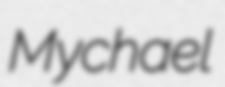
Mychael